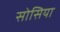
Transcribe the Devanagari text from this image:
सोसिया